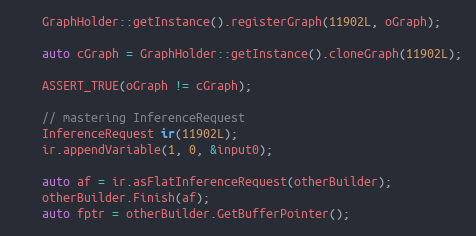
Language: C++
    GraphHolder::getInstance().registerGraph(11902L, oGraph);

    auto cGraph = GraphHolder::getInstance().cloneGraph(11902L);

    ASSERT_TRUE(oGraph != cGraph);

    // mastering InferenceRequest
    InferenceRequest ir(11902L);
    ir.appendVariable(1, 0, &input0);

    auto af = ir.asFlatInferenceRequest(otherBuilder);
    otherBuilder.Finish(af);
    auto fptr = otherBuilder.GetBufferPointer();